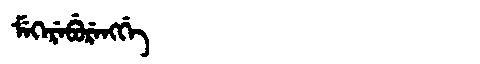
Manchu: ᠮᡝᡴᡝᡵᡝᠪᡠᡵᡝᠩᡤᡝ
Romanization: MEKEREBURENGGE